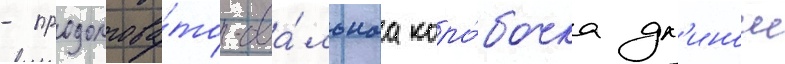
- продолгова́то-ова́льнаа коро́бочка дл'инои